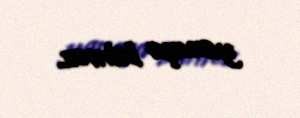
yanaşa bilməz.